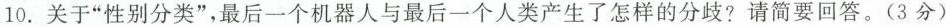
10. 关于“性别分类”，最后一个机器人与最后一个人类产生怎样的分歧?请简要回答。